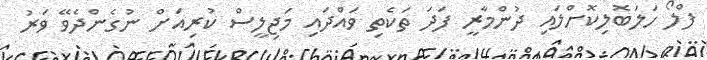
ފްލޯ ހަލަބޮލިކޮށްލައި ދުންމާރީ ފަދަ ތަކެތި ވައްދައި މަޖިލީސް ކުރިއަށް ނުގެންދެވޭ ވަރު